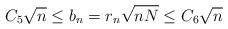
LaTeX: \begin{align*}C_5 \sqrt{n} \leq b_n = r_n \sqrt{nN} \leq C_6 \sqrt{n}\end{align*}